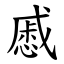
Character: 慼